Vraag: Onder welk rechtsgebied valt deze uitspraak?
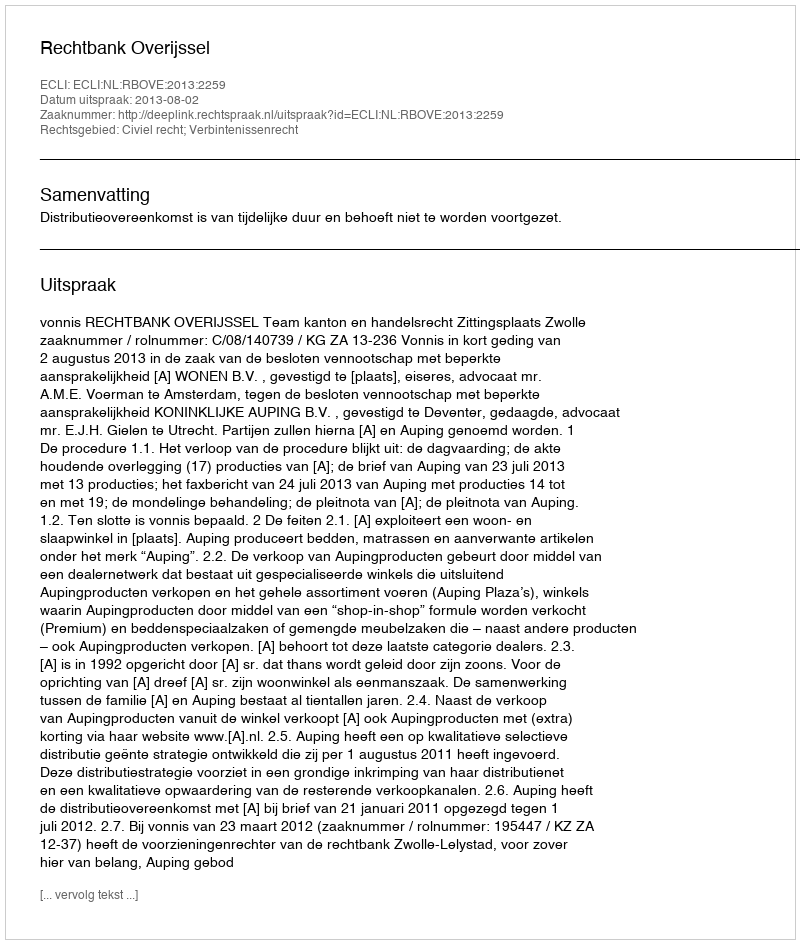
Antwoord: Civiel recht; Verbintenissenrecht